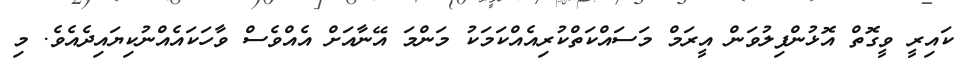
ކައިރީ ވީގޮތް އޮޅުންފިލުވަން އީރަމް މަސައްކަތްކުރިއެއްކަމަކު މަންމަ އޭނާއަށް އެއްވެސް ވާހަކައެއްނުކިޔައިދެއެވެ. މި